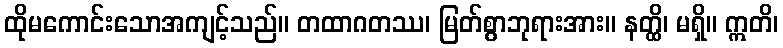
ထိုမကောင်းသောအကျင့်သည်။ တထာဂတဿ၊ မြတ်စွာဘုရားအား။ နတ္ထိ၊ မရှိ။ ဣတိ၊